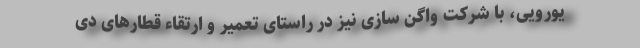
یورویی، با شرکت واگن سازی نیز در راستای تعمیر و ارتقاء قطارهای دی